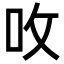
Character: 呚